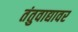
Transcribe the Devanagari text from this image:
तंतुवाद्यावर